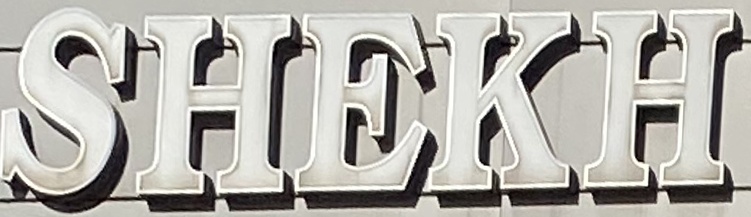
SHEKH